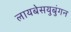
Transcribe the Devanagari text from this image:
लायबेसयुबुंगन